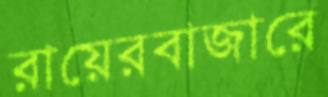
রায়েরবাজারে